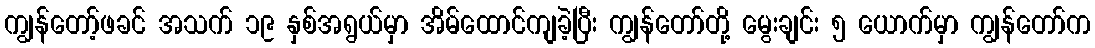
ကျွန်တော့်ဖခင် အသက် ၁၉ နှစ်အရွယ်မှာ အိမ်ထောင်ကျခဲ့ပြီး ကျွန်တော်တို့ မွေးချင်း ၅ ယောက်မှာ ကျွန်တော်က